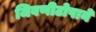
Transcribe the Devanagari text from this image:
जिवणीटोपाने